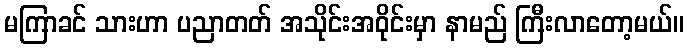
မကြာခင် သားဟာ ပညာတတ် အသိုင်းအဝိုင်းမှာ နာမည် ကြီးလာတော့မယ်။